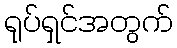
ရုပ်ရှင်အတွက်